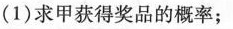
(1)求甲获得奖品的概率；